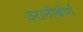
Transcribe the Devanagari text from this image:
उरानीबोर्ग